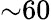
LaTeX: {\sim}60